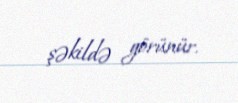
şəkildə görünür.